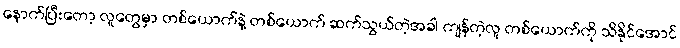
နောက်ပြီးတော့ လူတွေမှာ တစ်ယောက်နဲ့ တစ်ယောက် ဆက်သွယ်တဲ့အခါ ကျန်တဲ့လူ တစ်ယောက်ကို သိနိုင်အောင်